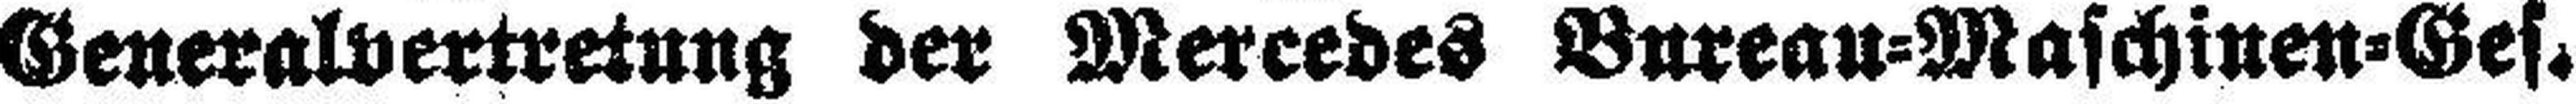
Generalvertretung der Mercedes Bureau=Maschinen=Ges.